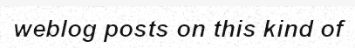
weblog posts on this kind of